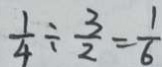
\frac { 1 } { 4 } \div \frac { 3 } { 2 } = \frac { 1 } { 6 }